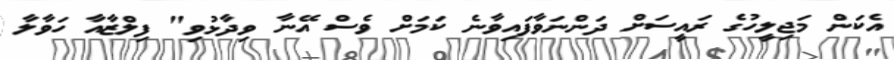
އެކަން މަޖިލީހުގެ ރައީސަށް ދަންނަވާފައިވާނެ ކަމަށް ވެސް އޭނާ ވިދާޅުވި" ފިލްޒާއާ ހަވާލާ